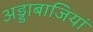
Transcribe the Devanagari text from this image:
अड्डाबाजियां